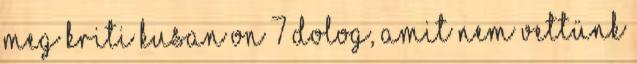
meg Kriti Kusan on 7 dolog, amit nem vettünk